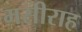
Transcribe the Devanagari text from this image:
मसीराह